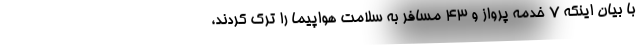
با بیان اینکه ۷ خدمه پرواز و ۴۳ مسافر به سلامت هواپیما را ترک کردند،